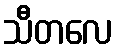
သီတလေ